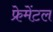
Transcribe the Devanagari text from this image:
फ्रेमेंटल